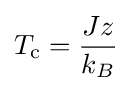
T_{\text{c}}={\frac {Jz}{k_{B}}}